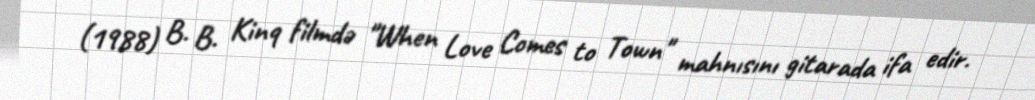
(1988) B. B. Kinq filmdə "When Love Comes to Town" mahnısını gitarada ifa edir.